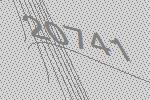
20741